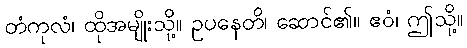
တံကုလံ၊ ထိုအမျိုးသို့။ ဥပနေတိ၊ ဆောင်၏။ ဧဝံ၊ ဤသို့။